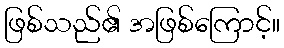
ဖြစ်သည်၏ အဖြစ်ကြောင့်။